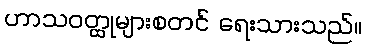
ဟာသဝတ္ထုများစတင် ရေးသားသည်။